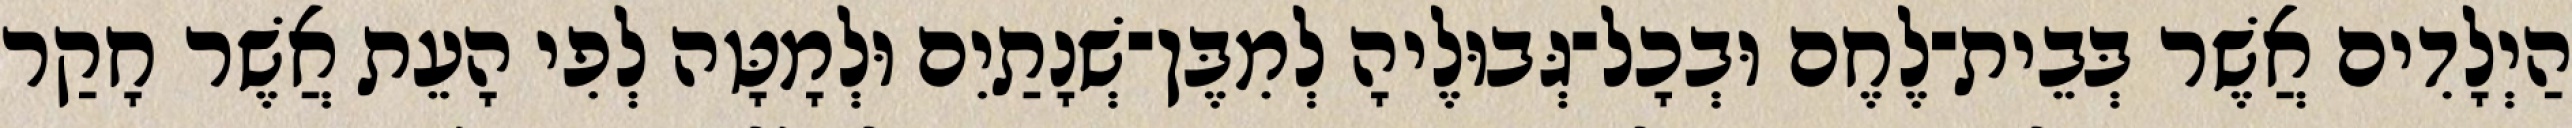
הַיְלָדִים אֲשֶׁר בְּבֵית־לֶחֶם וּבְכָל־גְּבוּלֶיהָ לְמִבֶּן־שְׁנָתַיִם וּלְמָטָּה לְפִי הָעֵת אֲשֶׁר חָקַר